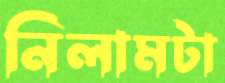
নিলামটা